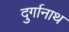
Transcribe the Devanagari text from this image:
दुर्गानाथ